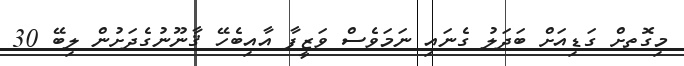
މިގޮތށް ގަޑިއަށް ބަދަލު ގެނައި ނަމަވެސް ވަޒީފާ އާއިބެހޭ ޤާނޫނުގެދަށުން ލިބޭ 30